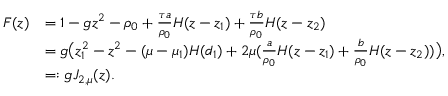
\begin{array} { r l } { F ( z ) } & { = 1 - g z ^ { 2 } - \rho _ { 0 } + \frac { \tau a } { \rho _ { 0 } } H ( z - z _ { 1 } ) + \frac { \tau b } { \rho _ { 0 } } H ( z - z _ { 2 } ) } \\ & { = g \big ( z _ { 1 } ^ { 2 } - z ^ { 2 } - ( \mu - \mu _ { 1 } ) H ( d _ { 1 } ) + 2 \mu ( \frac { a } { \rho _ { 0 } } H ( z - z _ { 1 } ) + \frac { b } { \rho _ { 0 } } H ( z - z _ { 2 } ) ) \big ) , } \\ & { = : g J _ { 2 , \mu } ( z ) . } \end{array}